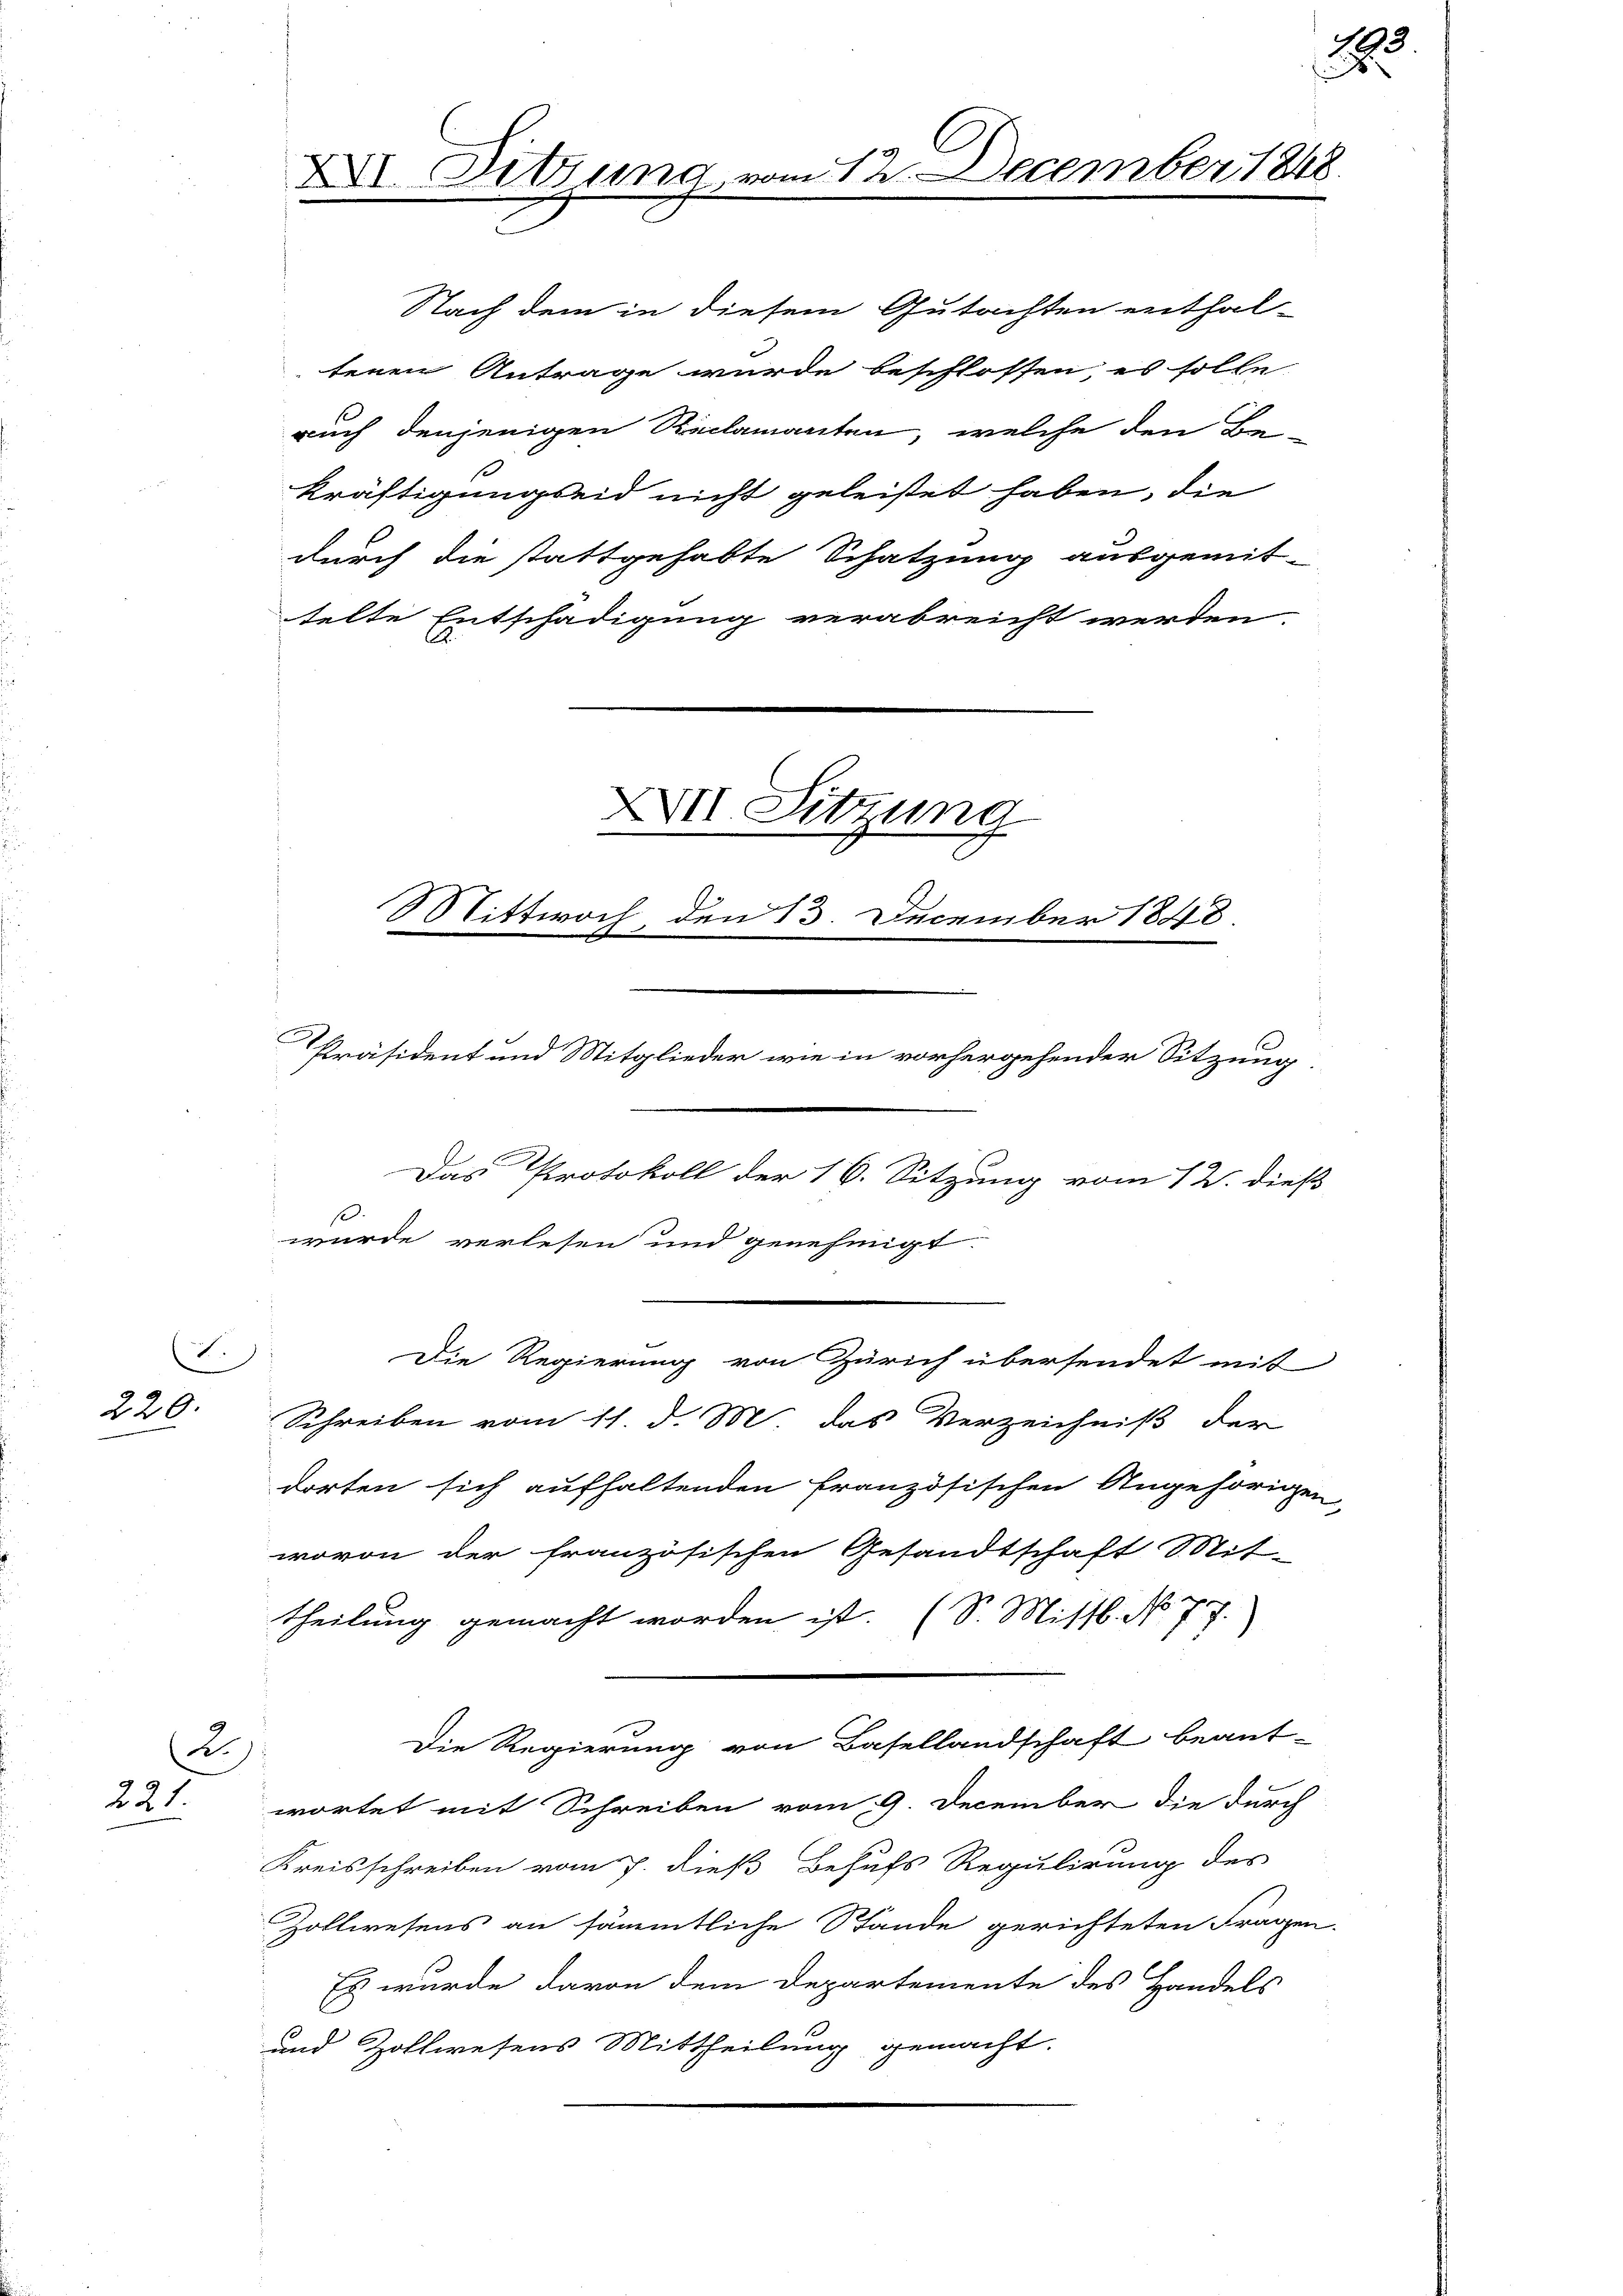
220.

7.)

2.)
221.

XI Sitzung

MMittwoch, den 13. December 1848.
C
Präsident und Mitglieder wie in vorhergehender Sitzung

dorten sich aufhaltenden französischen Angehörigen
wovon der französischen Gesandtschaft Mit-
theilung gemacht worden ist. (S. Missl. No 77.
Die Regierung von Basellandschaft beant-
wortet mit Schreiben vom 9. December die durch
Kreisschreiben vom 7. dieß Behufs Regulirung des
Zollwesens an sämmtliche Stände gerichteten Fragen
Es wurde davon dem Departemente des Handels
und Zollwesens Mittheilung gemacht.

kräftigungseid nicht geleistet haben, die
durch die stattgehabte Schatzung ausgemit-
telte Entschädigung verabreicht werden.

Nach dem in diesem Gutachten enthal-
tenen Antrage wurde beschlossen, es solle
auch denjenigen Reclamanten, welche den Be

Das Protokoll der 16. Sitzung vom 12. dieß
so
wurde verlesen und genehmigt.
Die Regierung von Zürich übersendet mit
Schreiben vom 11. d. M. das Verzeichniß der

XXVII Sitzung

12 December 1848.

23

2

e